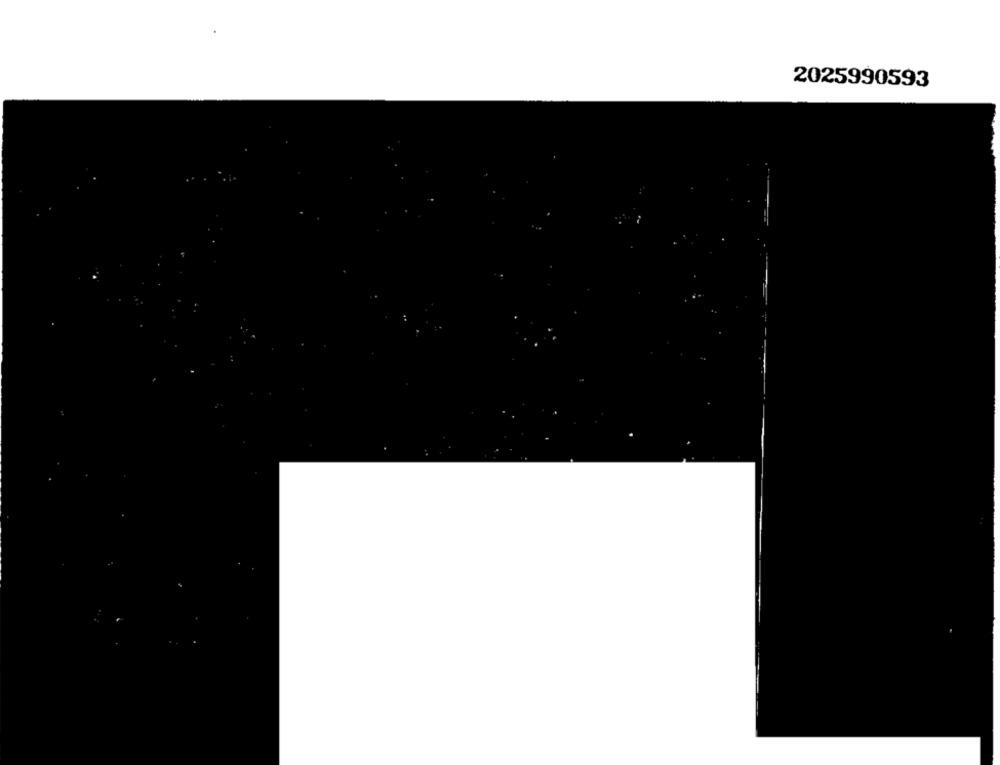
2025990593